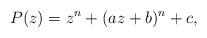
LaTeX: \begin{align*}P(z)=z^{n}+(az+b)^{n}+c,\end{align*}